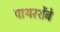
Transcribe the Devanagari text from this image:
पाथरशेंबे